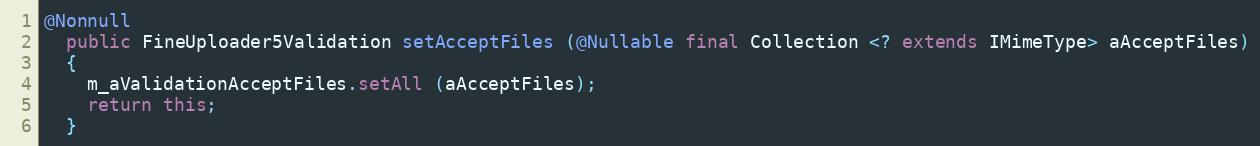
Language: Java
@Nonnull
  public FineUploader5Validation setAcceptFiles (@Nullable final Collection <? extends IMimeType> aAcceptFiles)
  {
    m_aValidationAcceptFiles.setAll (aAcceptFiles);
    return this;
  }